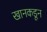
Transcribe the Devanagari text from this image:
खानकडून